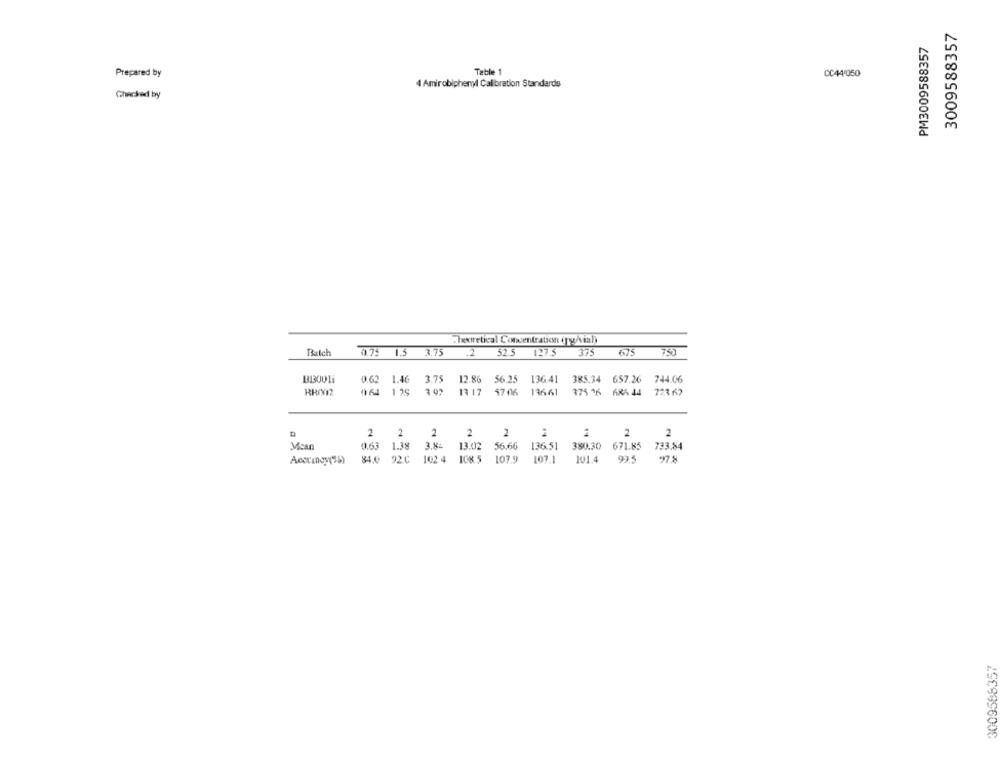
3009588357
PM3009588357
Prepared by
Table 1
CC44.050
4 Amirobiphenyl Calibration Standards
Checked by
lesoretical Concentration (g/vial)
74)
Batch
75
1.5
3.75
.2
52.5
127.5
375
675
0.62
1.46
3.75 12.86 56.25 136.41
385.34 657.26
744.06
BRIVI2
164
1 29
3 92
1317 57:06 13661
375.36 ARA 44
723 67
2
2
2
2
2
2
2
Vcan
0.63
1.38 3.86
13.02 56.66 136.51 380.30 671.85
733.84
84.0 92.C 102 4 108.5 107.9 107.1
101.4
99.5
97.8
3009566357